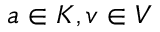
a \in K , v \in V